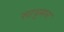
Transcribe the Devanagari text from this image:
साधुमन